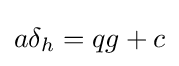
a\delta _{h}=qg+c